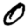
Digit: 0